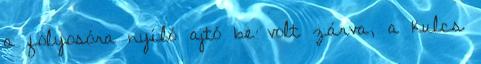
a folyosóra nyíló ajtó be volt zárva, a kulcs